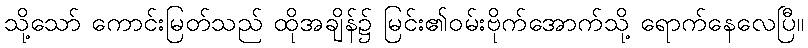
သို့သော် ကောင်းမြတ်သည် ထိုအချိန်၌ မြင်း၏ဝမ်းဗိုက်အောက်သို့ ရောက်နေလေပြီ။